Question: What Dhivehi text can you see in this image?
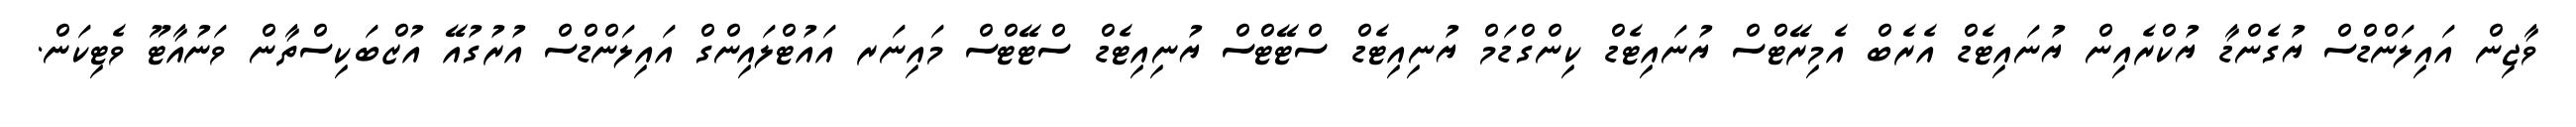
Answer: ވާޖިން އައިލަންޑްސް ޔުގެންޑާ ޔުކްރެއިން ޔުނައިޓެޑް އެރެބް އެމިރޭޓްސް ޔުނައިޓެޑް ކިންގްޑަމް ޔުނިއިޓެޑް ސްޓޭޓްސް ޔުނިއިޓެޑް ސްޓޭޓްސް މައިނަރ އައުޓްލައިންގް އައިލަންޑްސް އުރުގުއޭ އުޒްބަކިސްތާން ވަނުއާޓޫ ވެޓިކަން.